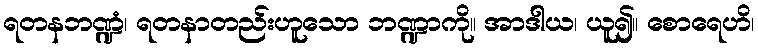
ရတနဘဏ္ဍံ၊ ရတနာတည်းဟူသော ဘဏ္ဍာကို။ အာဒါယ၊ ယူ၍။ စောရေဟိ၊